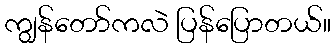
ကျွန်တော်ကလဲ ပြန်ပြောတယ်။